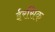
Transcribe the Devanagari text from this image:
ईरसिक